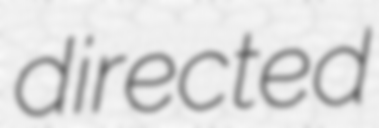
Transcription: directed